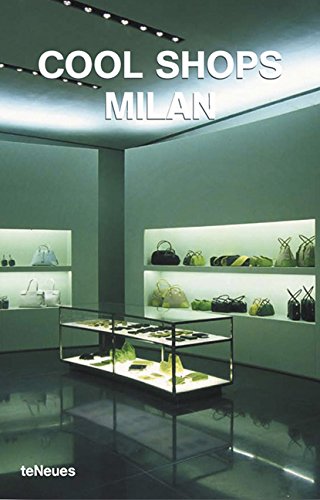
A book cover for Cool Shops Milan; Travel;